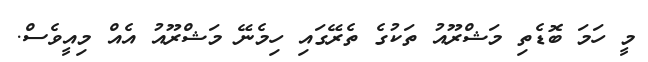
މީ ހަމަ ބޮޑެތި މަޝްރޫއު ތަކުގެ ތެރޭގައި ހިމެނޭ މަޝްރޫއު އެއް މިއީވެސް.